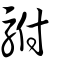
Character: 駙